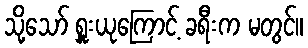
သို့သော် ရှူးယုကြောင့် ခရီးက မတွင်။